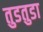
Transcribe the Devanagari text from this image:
तुडतुडा